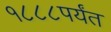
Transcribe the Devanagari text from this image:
१८८८पर्यंत